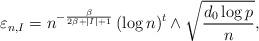
LaTeX: \begin{align*}\varepsilon_{n,I} = n^{-\frac{\beta}{2\beta + |I| +1}} \, (\log n)^t \wedge \sqrt{\frac{d_0\log p}{n}},\end{align*}